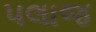
પલાજ